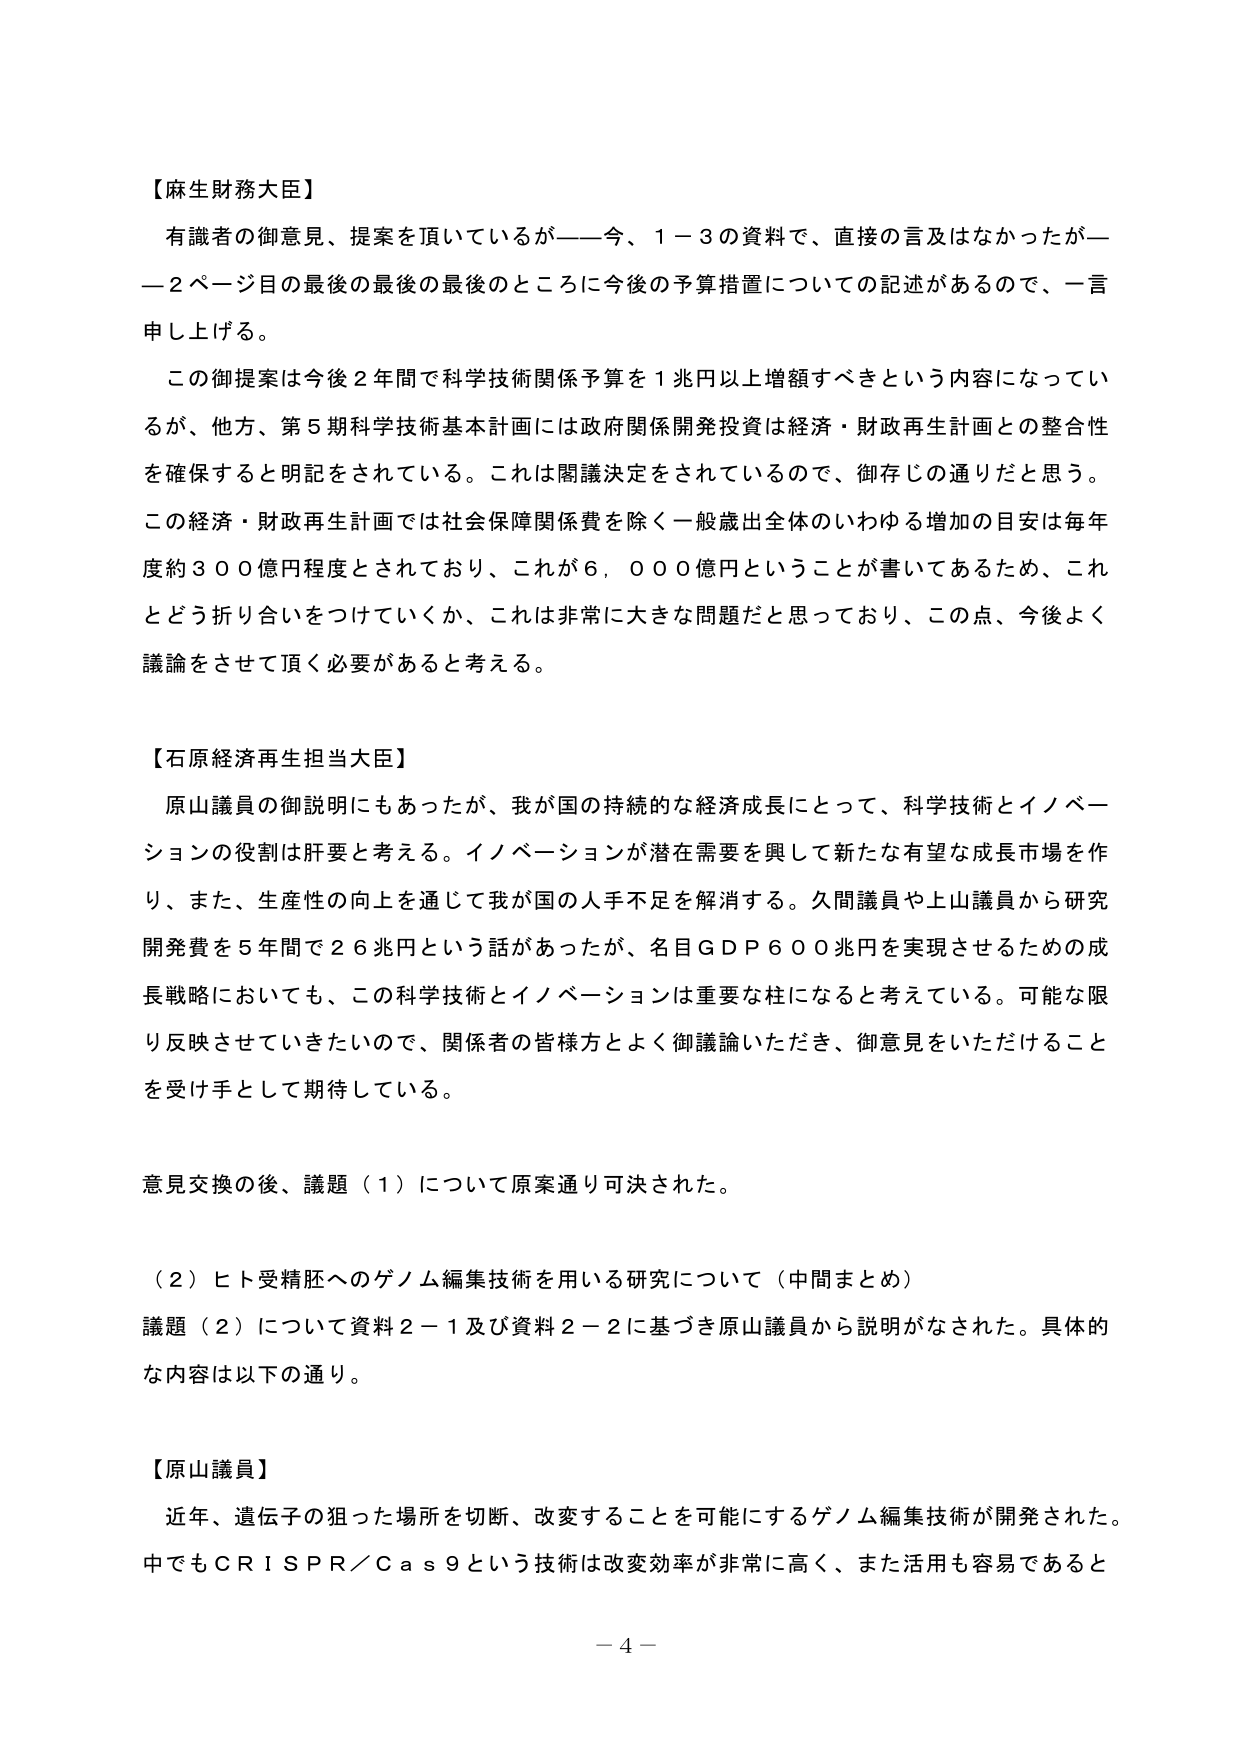
【麻生財務大臣】
有識者の御意見、提案を頂いているが――今、１－３の資料で、直接の言及はなかったが――２ページ目の最後の最後の最後のところに今後の予算措置についての記述があるので、一言申し上げる。
この御提案は今後２年間で科学技術関係予算を１兆円以上増額すべきという内容になっているが、他方、第５期科学技術基本計画には政府関係開発投資は経済・財政再生計画との整合性を確保すると明記をされている。これは閣議決定をされているので、御存じの通りだと思う。この経済・財政再生計画では社会保障関係費を除く一般歳出全体のいわゆる増加の目安は毎年度約３００億円程度とされており、これが６，０００億円ということが書いてあるため、これとどう折り合いをつけていくか、これは非常に大きな問題だと思っており、この点、今後よく議論をさせて頂く必要があると考える。

【石原経済再生担当大臣】
原山議員の御説明にもあったが、我が国の持続的な経済成長にとって、科学技術とイノベーションの役割は肝要と考える。イノベーションが潜在需要を興して新たな有望な成長市場を作り、また、生産性の向上を通じて我が国の人手不足を解消する。久間議員や上山議員から研究開発費を５年間で２６兆円という話があったが、名目ＧＤＰ６００兆円を実現させるための成長戦略においても、この科学技術とイノベーションは重要な柱になると考えている。可能な限り反映させていきたいので、関係者の皆様方とよく御議論いただき、御意見をいただけることを受け手として期待している。

意見交換の後、議題（１）について原案通り可決された。

（２）ヒト受精胚へのゲノム編集技術を用いる研究について（中間まとめ）
議題（２）について資料２－１及び資料２－２に基づき原山議員から説明がなされた。具体的な内容は以下の通り。

【原山議員】
近年、遺伝子の狙った場所を切断、改変することを可能にするゲノム編集技術が開発された。中でもＣＲＩＳＰＲ／Ｃａｓ９という技術は改変効率が非常に高く、また活用も容易であると

－４－